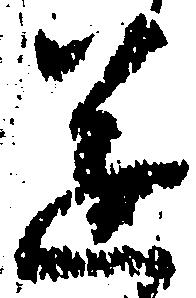
遂